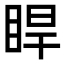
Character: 睅